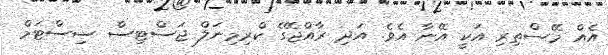
އެއް މޭސްތިރި އަކީ އޭނާ އެވެ. އަދި ރާއްޖޭގެ ކްރިމިނަލް ޖަސްޓިސް ސިސްޓަމް